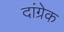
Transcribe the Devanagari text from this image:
दांग्रेक